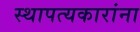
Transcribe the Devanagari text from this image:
स्थापत्यकारांना